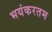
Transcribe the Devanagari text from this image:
भयंकरतम